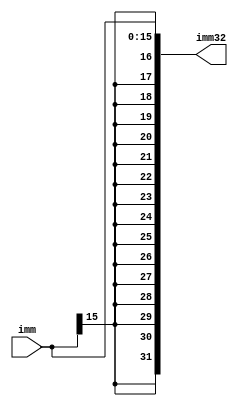
`timescale 1ns / 1ps
//////////////////////////////////////////////////////////////////////////////////
// Company: 
// Engineer: 
// 
// Design Name: 
// Module Name:    sign_extend 
// Project Name: 
// Target Devices: 
// Tool versions: 
// Description: 
//
// Dependencies: 
//
// Revision: 
// Revision 0.01 - File Created
// Additional Comments: 
//
//////////////////////////////////////////////////////////////////////////////////
module sign_extend(imm32,imm);
input [15:0] imm;
output [31:0] imm32;

assign imm32 = {{16{imm[15]}}, imm};

endmodule